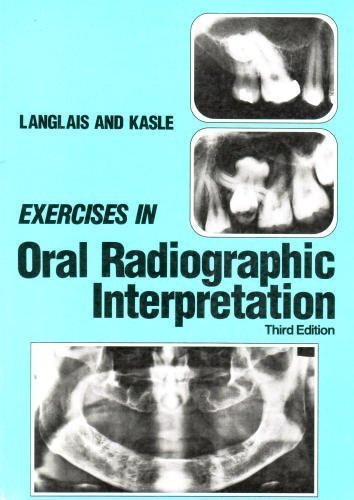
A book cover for Exercises in Oral Radiographic Interpretation, 3e; Robert P. Langlais DDS  PhD (Physics)  MS; Medical Books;